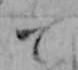
て